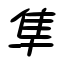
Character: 隼